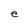
Character: e